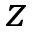
z